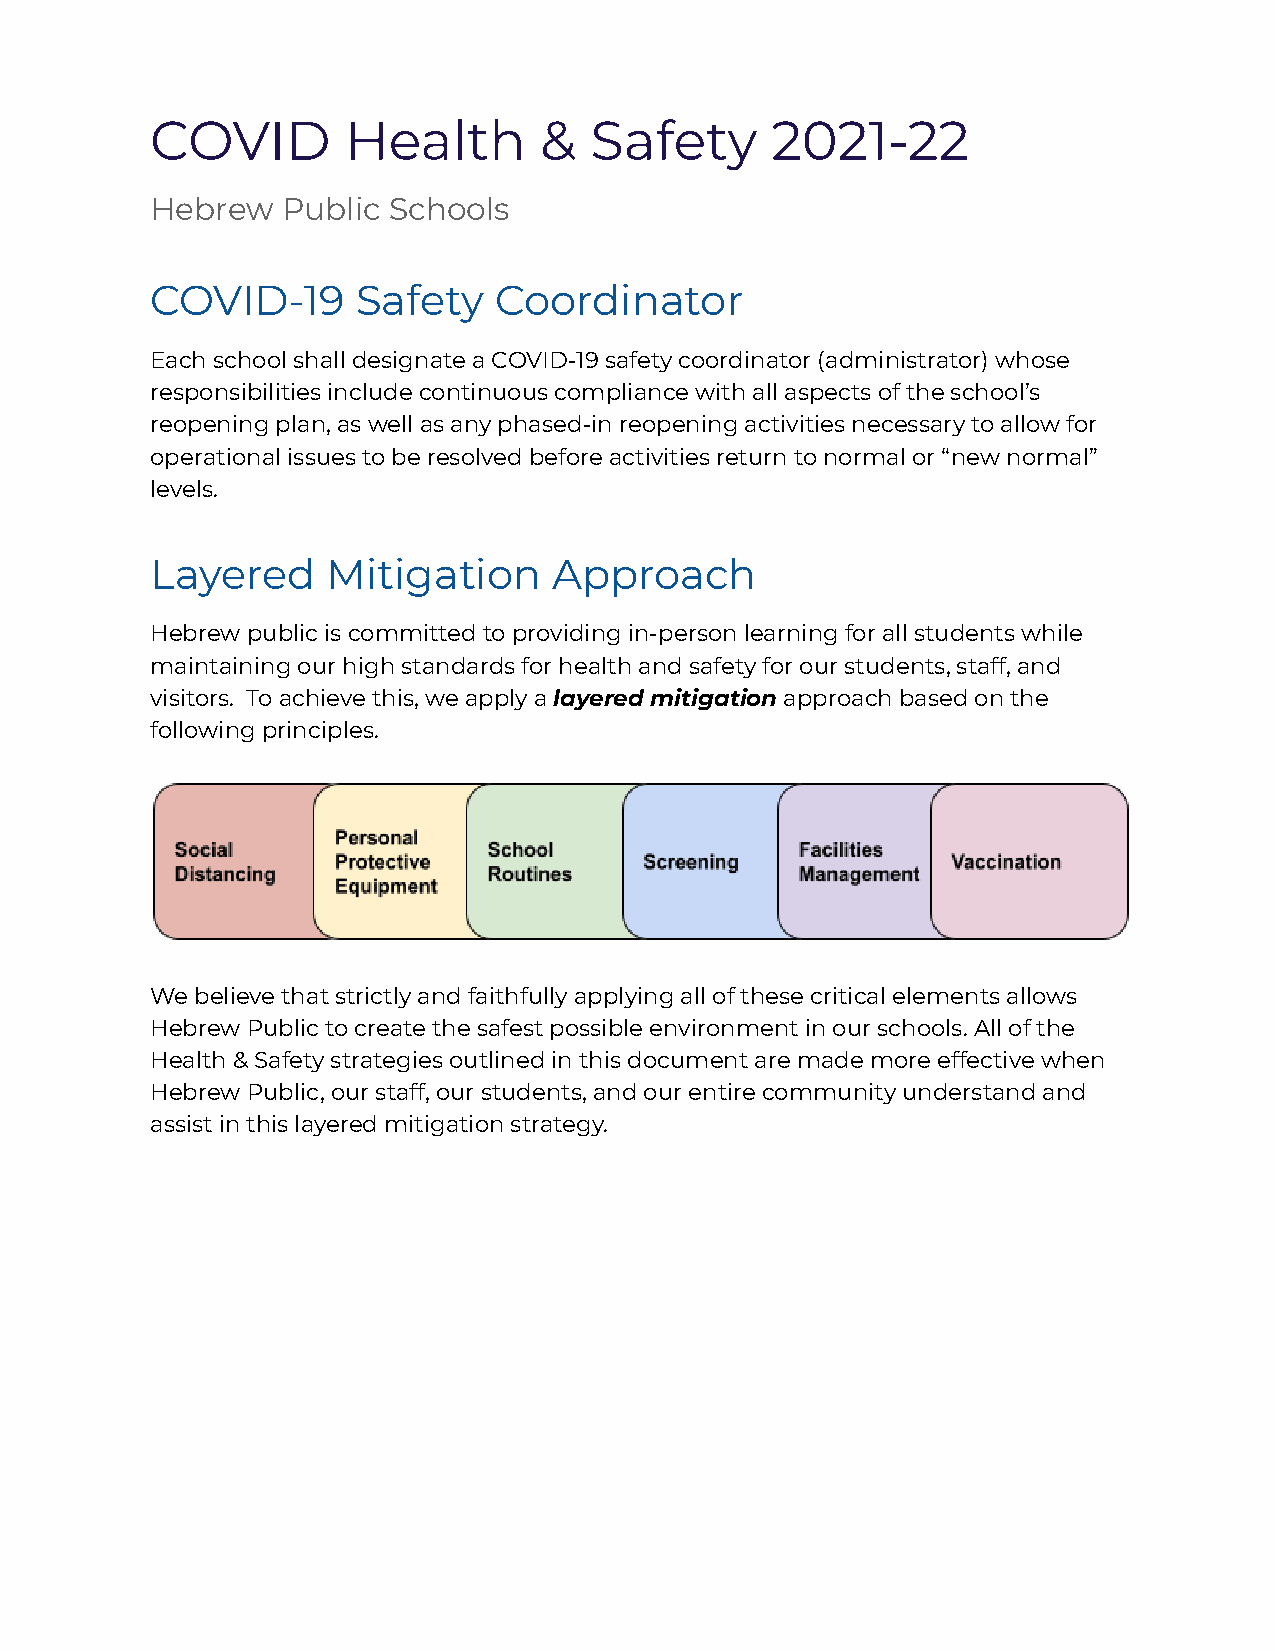
COVID        Health       &  Safety      2021-22
 Hebrew   Public Schools
 COVID-19      Safety   Coordinator
 Each school shall designate a COVID-19 safety coordinator (administrator) whose
 responsibilities include continuous compliance with all aspects of the school’s
 reopening plan, as well as any phased-in reopening activities necessary to allow for
 operational issues to be resolved before activities return to normal or “new normal”
 levels.
 Layered     Mitigation     Approach
 Hebrew public is committed to providing in-person learning for all students while
 maintaining our high standards for health and safety for our students, staff, and
 visitors. To achieve this, we apply alayered mitigationapproach based on the
 following principles.
 We believe that strictly and faithfully applying all of these critical elements allows
 Hebrew Public to create the safest possible environment in our schools. All of the
 Health & Safety strategies outlined in this document are made more effective when
 Hebrew Public, our staff, our students, and our entire community understand and
 assist in this layered mitigation strategy.